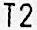
T2